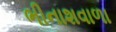
ભીનાશવાળા